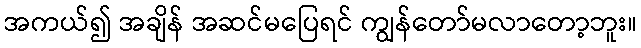
အကယ်၍ အချိန် အဆင်မပြေရင် ကျွန်တော်မလာတော့ဘူး။